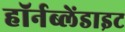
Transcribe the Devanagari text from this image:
हॉर्नब्लेंडाइट